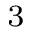
_ 3